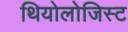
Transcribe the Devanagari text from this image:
थियोलोजिस्ट